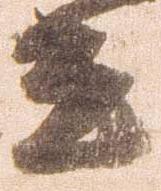
言